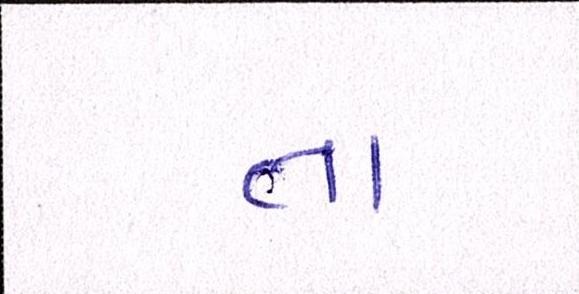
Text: તા